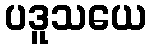
ပဒူသယေ